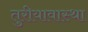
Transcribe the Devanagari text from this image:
तुरीयावास्था